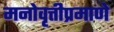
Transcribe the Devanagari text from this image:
मनोवृत्तीप्रमाणे